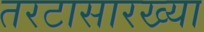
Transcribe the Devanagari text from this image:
तरटासारख्या